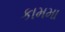
કામમા